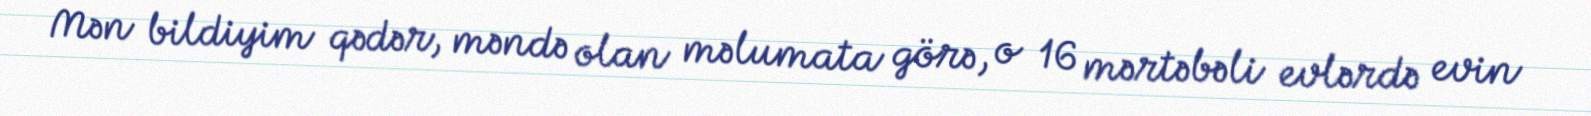
Mən bildiyim qədər, məndə olan məlumata görə, o 16 mərtəbəli evlərdə evin